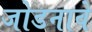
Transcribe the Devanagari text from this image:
जोडनावे